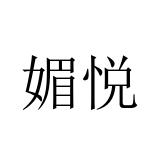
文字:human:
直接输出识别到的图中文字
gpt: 媚悦